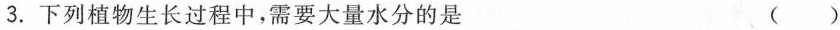
3.下列植物生长过程中，需要大量水分的是 ()